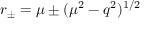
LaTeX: r _ { \pm } = \mu \pm ( \mu ^ { 2 } - q ^ { 2 } ) ^ { 1 / 2 }